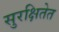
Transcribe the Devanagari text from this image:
सुरक्षितेत